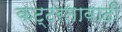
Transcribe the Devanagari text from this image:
कट्टरतावादी